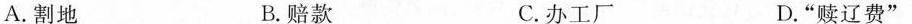
A.割地 B.赔款 C.办工厂 D.”赎辽费”